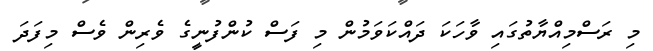
މި ރަސްމިއްޔާތުގައި ވާހަކަ ދައްކަވަމުން މި ފަސް ކުންފުނީގެ ވެރިން ވެސް މިފަދަ